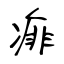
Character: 痱